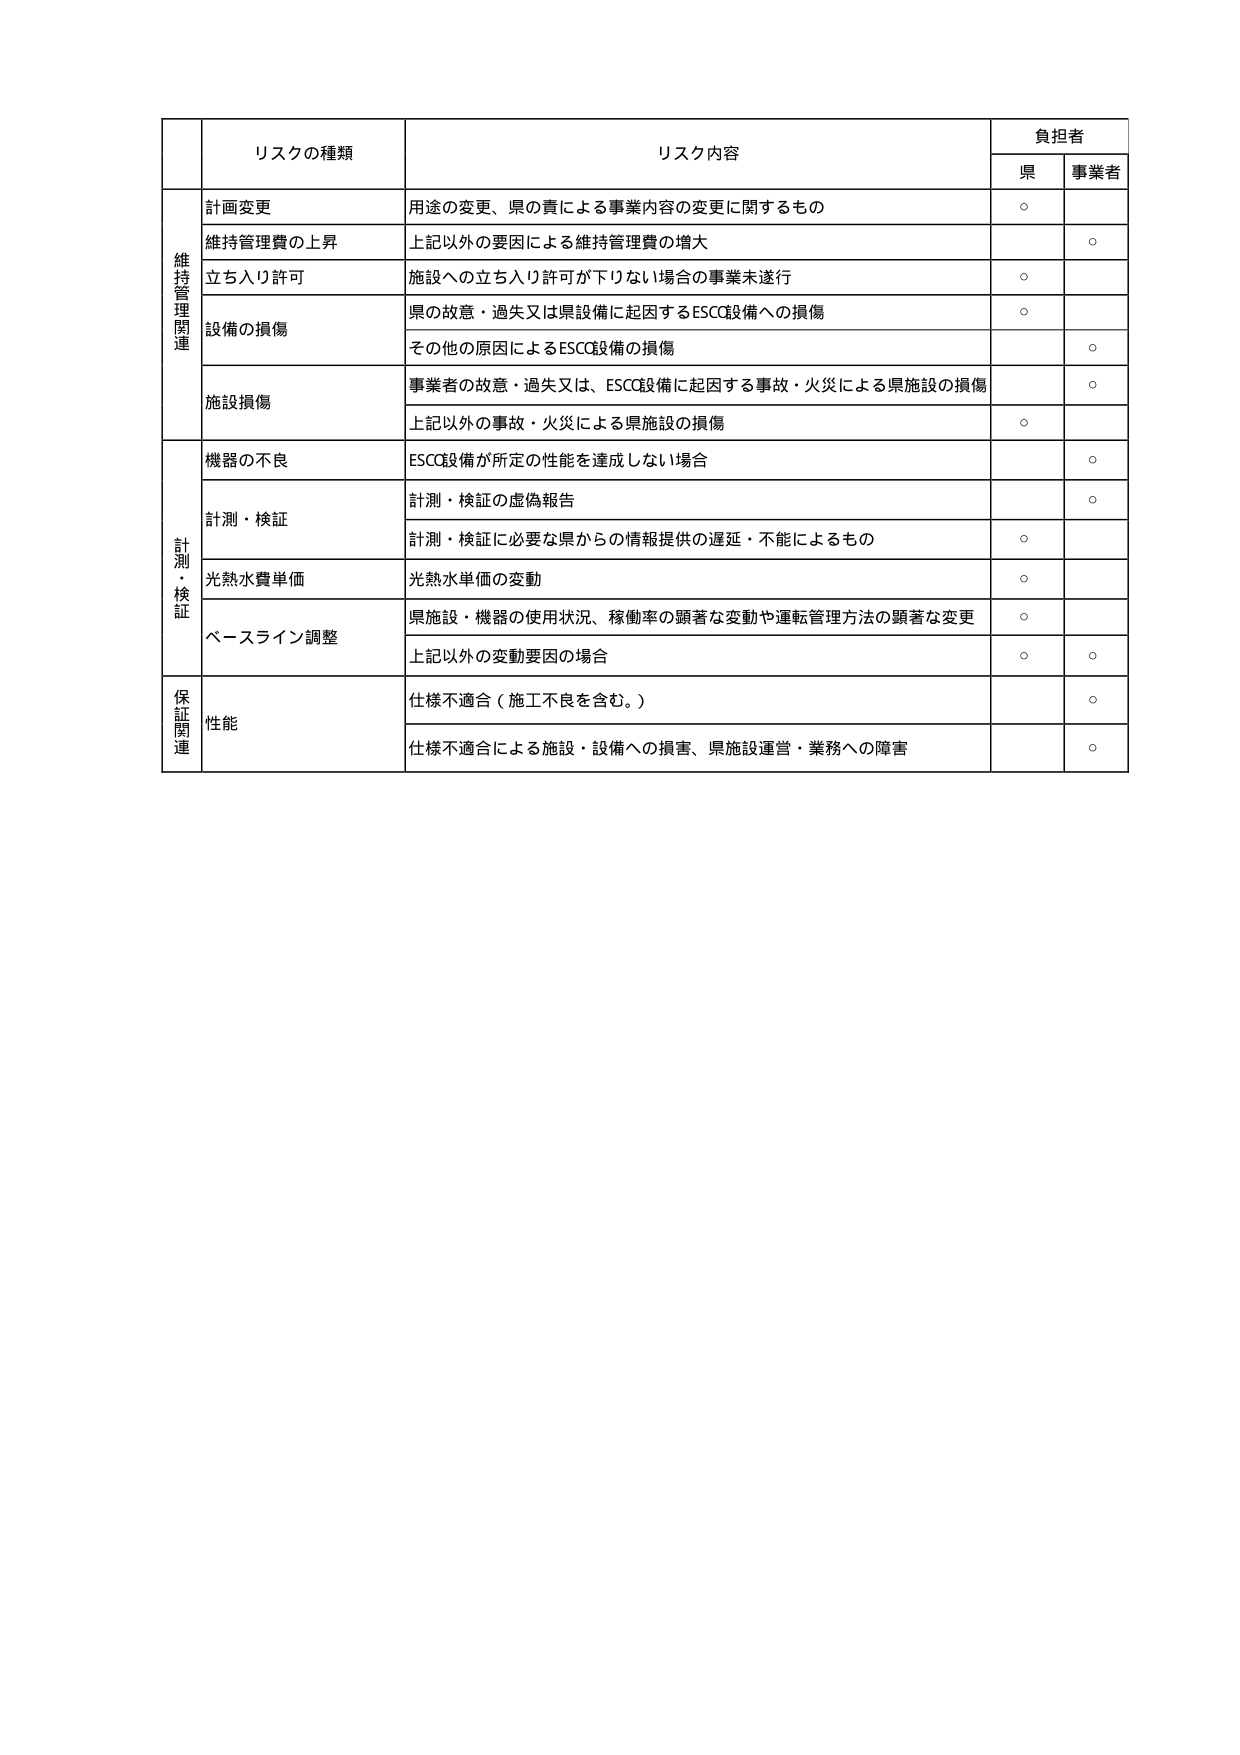
リスクの種類 リスク内容 負担者 県 事業者 計画変更 用途の変更、県の責による事業内容の変更に関するもの ○ 維持管理関連 維持管理費の上昇 上記以外の要因による維持管理費の増大 ○ 立ち入り許可 施設への立ち入り許可が下りない場合の事業未遂行 ○ 設備の損傷 県の故意・過失又は県設備に起因するESCC設備への損傷 ○ その他の原因によるESCC設備の損傷 ○ 施設損傷 事業者の故意・過失又は、ESCC設備に起因する事故・火災による県施設の損傷 ○ 上記以外の事故・火災による県施設の損傷 ○ 機器の不良 ESCC設備が所定の性能を達成しない場合 ○ 計測・検証 計測・検証の虚偽報告 ○ 計測・検証に必要な県からの情報提供の遅延・不能によるもの ○ 光熱水費単価 光熱水単価の変動 ○ ベースライン調整 県施設・機器の使用状況、稼働率の顕著な変動や運転管理方法の顕著な変更 ○ 上記以外の変動要因の場合 ○ ○ 保証関連 性能 仕様不適合（施工不良を含む。） ○ 仕様不適合による施設・設備への損害、県施設運営・業務への障害 ○